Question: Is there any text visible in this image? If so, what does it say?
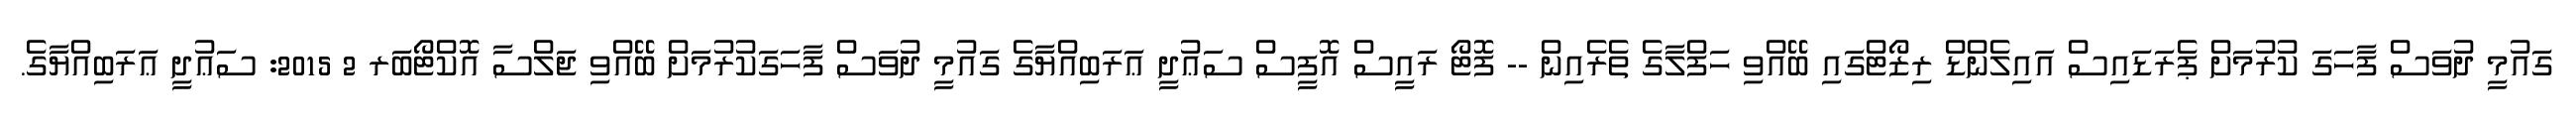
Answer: ގައުމީ ދުވަސް ފާހަގަ ކުރުމަށް ޕެރަޑައިސް އައިލެންޑް ރިޒޯޓްގައި ބޭއްވި ހަފްލާގެ ތެރެއިން -- ފޮޓޯ ރައީސް އޮފީސް ސަޢުދީ ޢަރަބިއްޔާގެ ގައުމީ ދުވަސް ފާހަގަކުރުމަށް ބޭއްވި ޖަލްސާ އޮކްޓޯބަރ 2 2015: ސަޢުދީ ޢަރަބިއްޔާގެ.